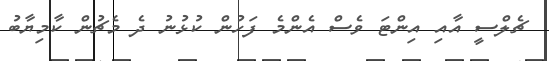
ޗެލްސީ އާއި އިންޓަ ވެސް އެންމެ ފަހުން ކުޅުނު ދެ މެޗުން ކާމިޔާބު